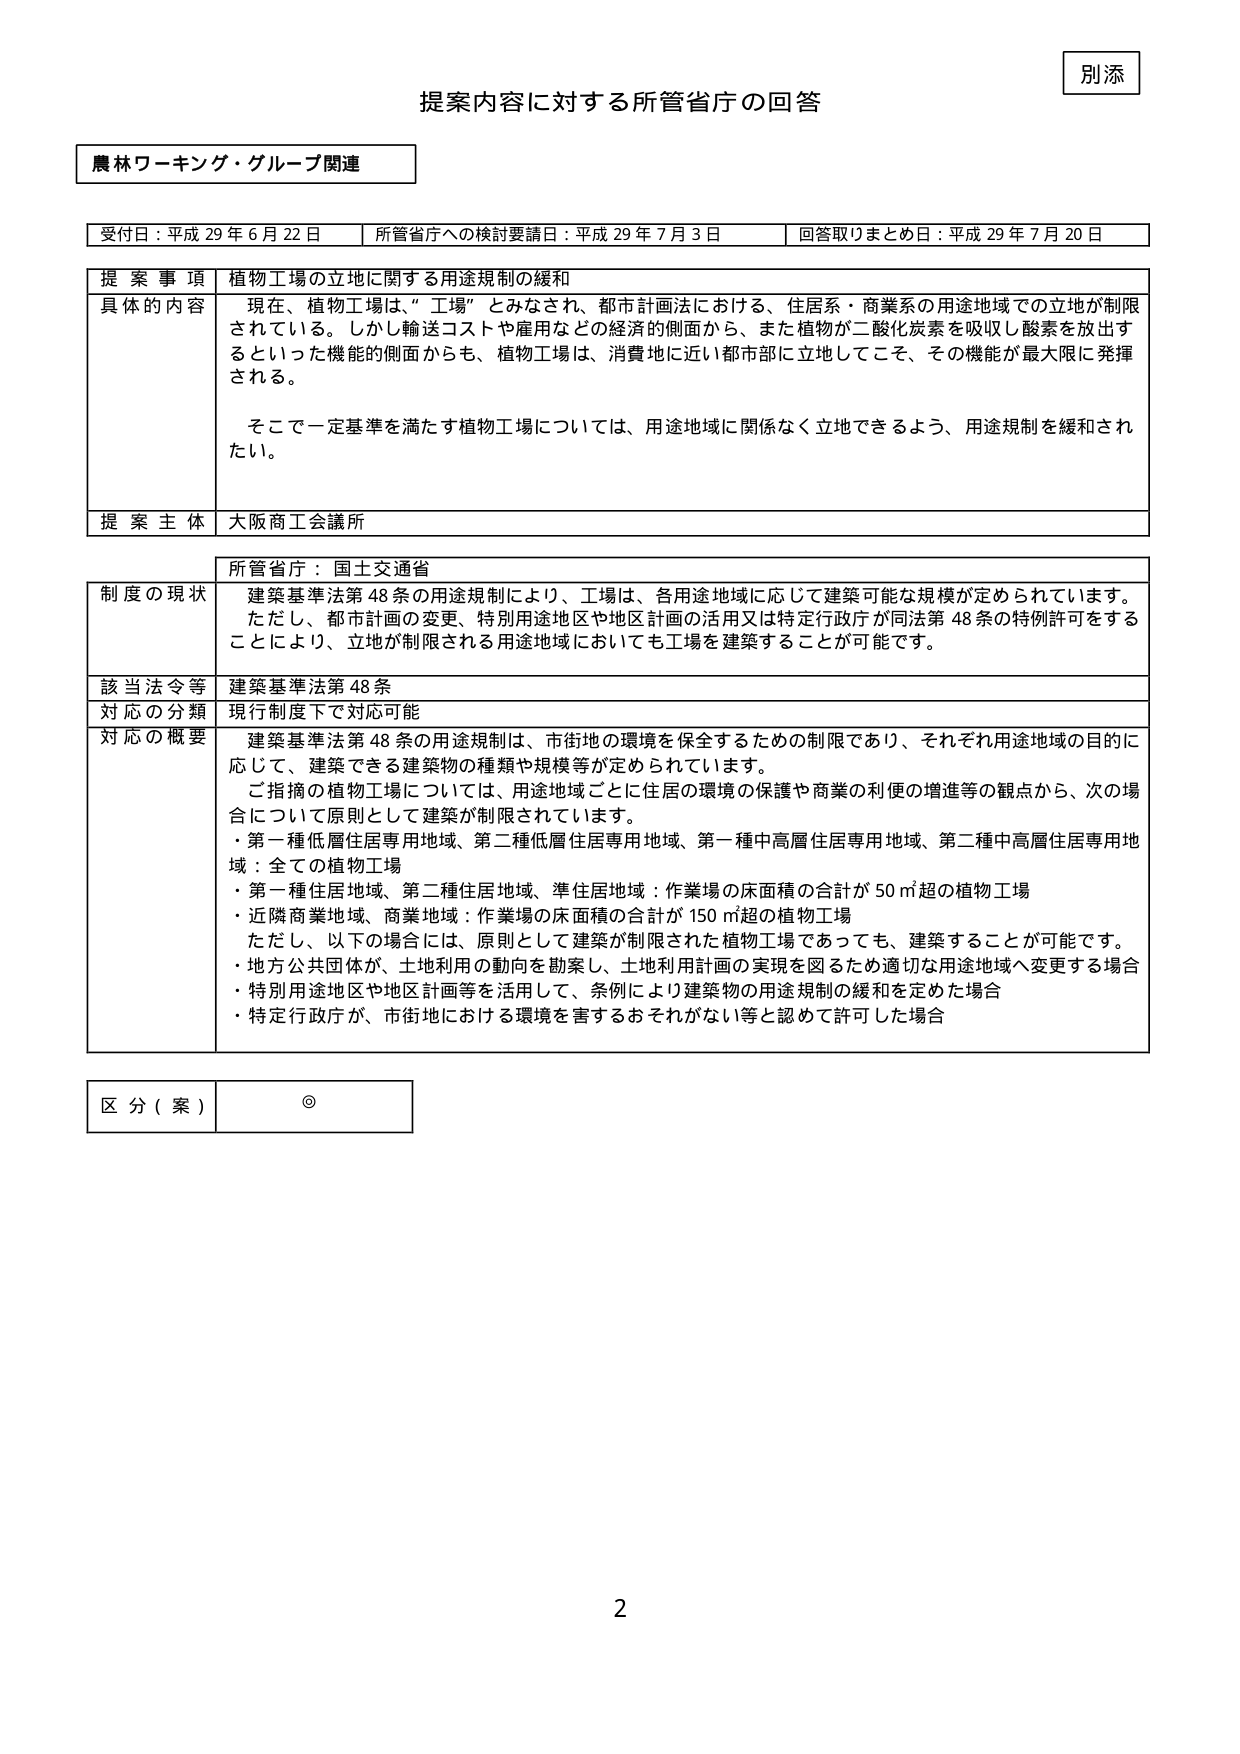
別添
提案内容に対する所管省庁の回答

農林ワーキング・グループ関連

受付日：平成29年6月22日　所管省庁への検討要請日：平成29年7月3日　回答取りまとめ日：平成29年7月20日

提案事項　植物工場の立地に関する用途規制の緩和
具体的内容　現在、植物工場は、“工場”とみなされ、都市計画法における、住居系・商業系の用途地域での立地が制限されている。しかし輸送コストや雇用などの経済的側面から、また植物が二酸化炭素を吸収し酸素を放出するといった機能的側面からも、植物工場は、消費地に近い都市部に立地してこそ、その機能が最大限に発揮される。
　　そこで一定基準を満たす植物工場については、用途地域に関係なく立地できるよう、用途規制を緩和されたい。
提案主体　大阪商工会議所

所管省庁：国土交通省
制度の現状　建築基準法第48条の用途規制により、工場は、各用途地域に応じて建築可能な規模が定められています。ただし、都市計画の変更、特別用途地区や地区計画の活用又は特定行政庁が同法第48条の特例許可をすることにより、立地が制限される用途地域においても工場を建築することが可能です。
該当法令等　建築基準法第48条
対応の分類　現行制度下で対応可能
対応の概要　建築基準法第48条の用途規制は、市街地の環境を保全するための制限であり、それぞれ用途地域の目的に応じて、建築できる建築物の種類や規模等が定められています。
　　ご指摘の植物工場については、用途地域ごとに住居の環境の保護や商業の利便の増進等の観点から、次の場合について原則として建築が制限されています。
　　・第一種低層住居専用地域、第二種低層住居専用地域、第一種中高層住居専用地域、第二種中高層住居専用地域：全ての植物工場
　　・第一種住居地域、第二種住居地域、準住居地域：作業場の床面積の合計が50㎡超の植物工場
　　・近隣商業地域、商業地域：作業場の床面積の合計が150㎡超の植物工場
　　ただし、以下の場合には、原則として建築が制限された植物工場であっても、建築することが可能です。
　　・地方公共団体が、土地利用の動向を勘案し、土地利用計画の実現を図るため適切な用途地域へ変更する場合
　　・特別用途地区や地区計画等を活用して、条例により建築物の用途規制の緩和を定めた場合
　　・特定行政庁が、市街地における環境を害するおそれがない等と認めて許可した場合

区分（案）　◎

2